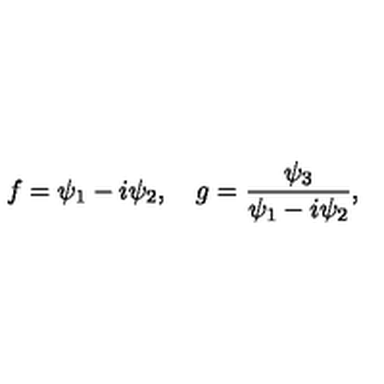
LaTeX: f = \psi _ { 1 } - i \psi _ { 2 } , \quad g = { \frac { \psi _ { 3 } } { \psi _ { 1 } - i \psi _ { 2 } } } ,